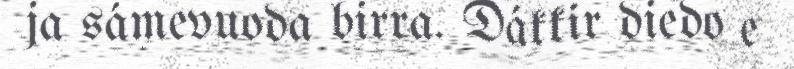
ja sámevuoda birra. Dákkir diedo e